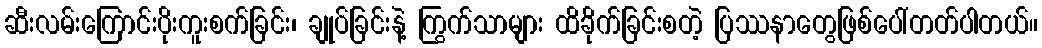
ဆီးလမ်းကြောင်းပိုးကူးစက်ခြင်း၊ ချုပ်ခြင်းနဲ့ ကြွက်သာများ ထိခိုက်ခြင်းစတဲ့ ပြဿနာတွေဖြစ်ပေါ်တတ်ပါတယ်။